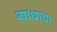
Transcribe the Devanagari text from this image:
व्याधाचा